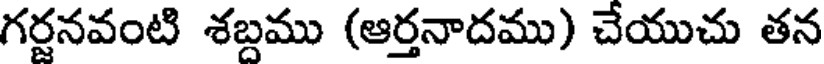
గర్దనవంటి శబ్దము (ఆర్తనాదము) చేయుచు తన